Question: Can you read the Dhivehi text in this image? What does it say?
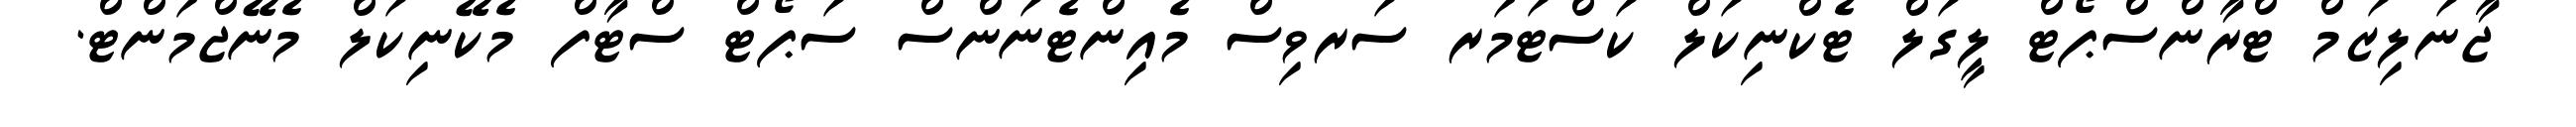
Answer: ޖާނަލިޒަމް ޓްރާންސްޕޯޓް ލީގަލް ޓެކްނިކަލް ކަސްޓަމަރ ސަރވިސް މެއިންޓެނަންސް ސަޕޯޓް ސްޓާފް މެކޭނިކަލް މެނޭޖްމަންޓް.